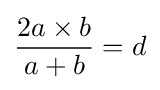
{2a\times b \over a+b}=d